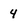
Character: 4